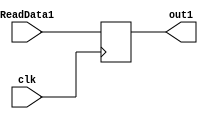
`timescale 1ns / 1ps
//////////////////////////////////////////////////////////////////////////////////
// Company: 
// Engineer: 
// 
// Design Name: 
// Module Name: ADR
// Project Name: 
// Target Devices: 
// Tool Versions: 
// Description: 
// 
// Dependencies: 
// 
// Revision:
// Revision 0.01 - File Created
// Additional Comments:
// 
//////////////////////////////////////////////////////////////////////////////////


module ADR(clk, ReadData1, out1);
    input clk; // 
    input [31:0] ReadData1; // 
    output reg [31:0] out1; // 
    
    always @(posedge clk) begin
        out1 = ReadData1;
    end
endmodule